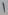
Text: 1